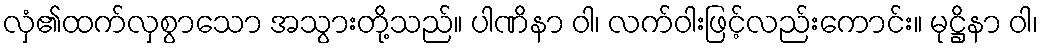
လှံ၏ထက်လှစွာသော အသွားတို့သည်။ ပါဏိနာ ဝါ၊ လက်ဝါးဖြင့်လည်းကောင်း။ မုဋ္ဌိနာ ဝါ၊